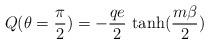
LaTeX: \begin{align*}Q(\theta=\frac{\pi}{2})=-\frac{q e}{2} \, \tanh(\frac{m\beta}{2})\end{align*}